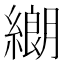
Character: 𦄺